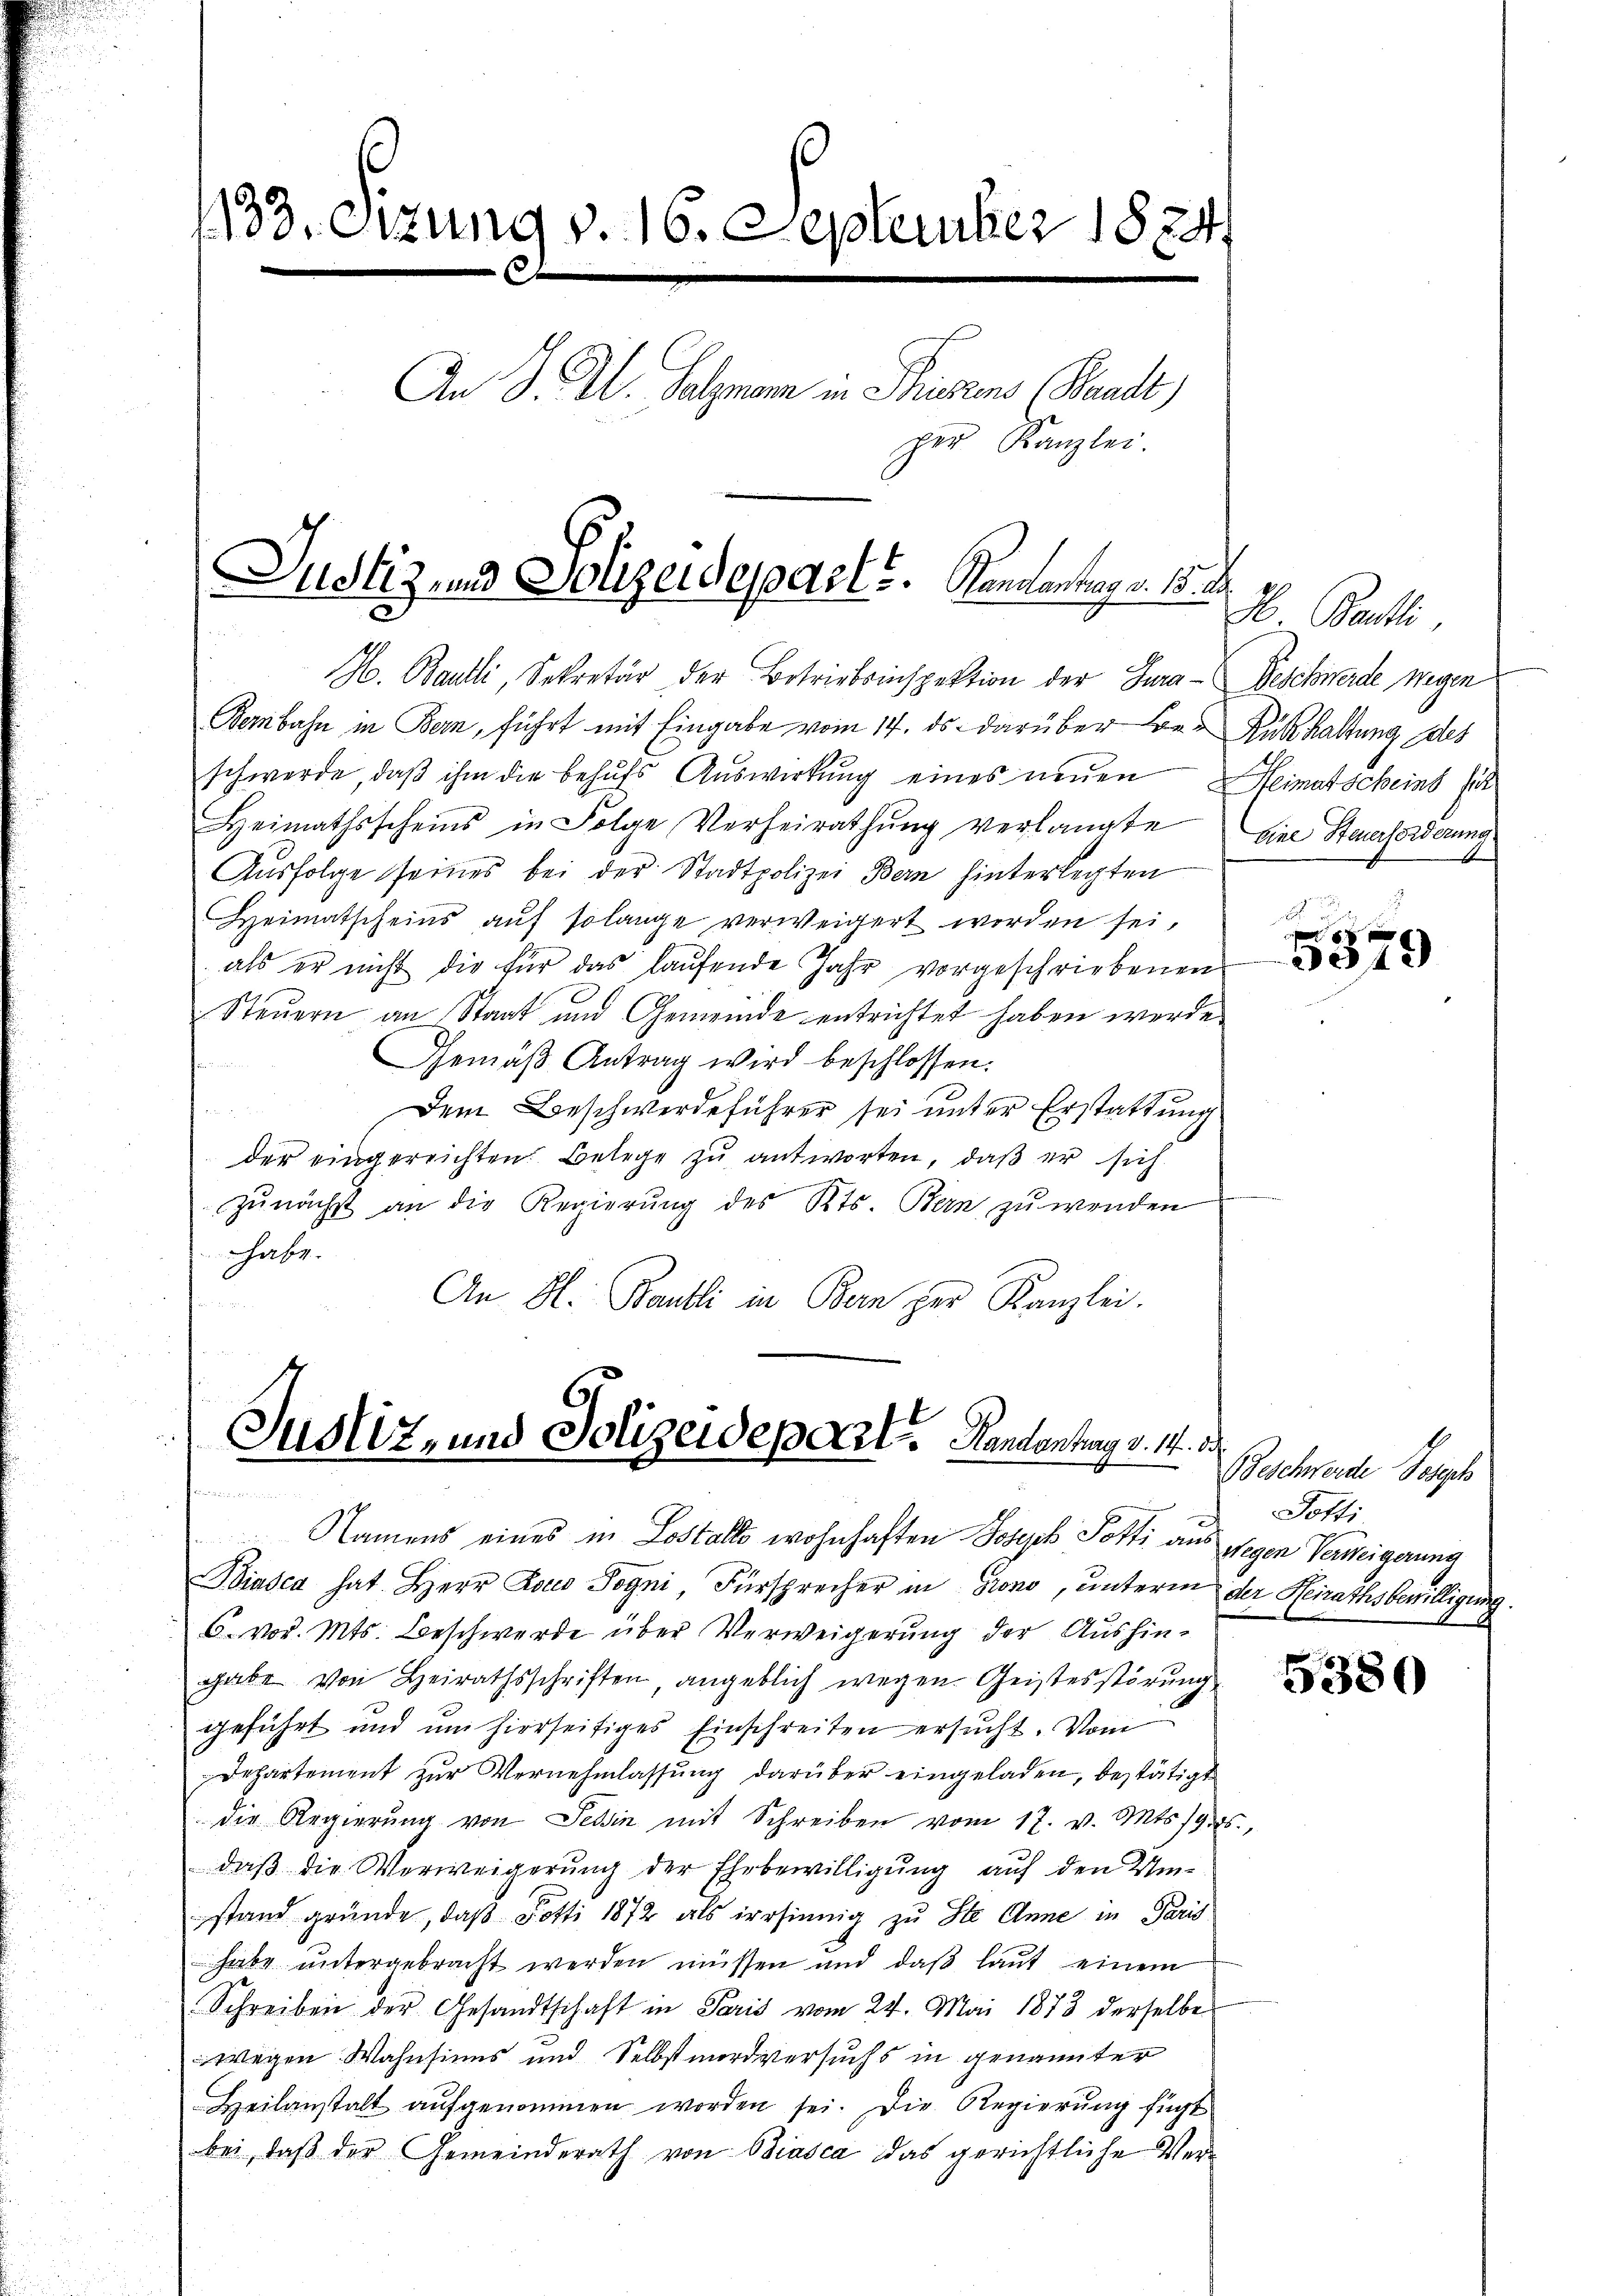
133. Sizung v. 16. September 1824
x
An J. M. Sulznam in Prinzens (Waadt)
per Kanzlei.

Justiz, und Jolizeidepart. Sonnantrag v. 15. d.

H. Baulli, Sekretär der Betriebsinspektion der Jura - Beschwerde wegen
Berbahn in Bern, führt mit Eingabe vom 14. ds. darüber Be- Rükhaltung des
schwerde, daβ ihm die behŭfs Aŭswirkŭng eines neŭen Heimatscheins für
Heimathsscheins in Folge Verheirathŭng verlangte
Aŭsfolge seines bei der Stadtpolizei Bern hinterlegten
Heimatscheins auf solange verweigert worden sei,
als er nicht die für das laŭfende Jahr vorgeschriebenen
Steuern an Staat und Gemeinde entrichtet haben werde.
Gemäβ Antrag wird beschlossen:
Dem Beschwerdeführer sei unter Erstattung
der eingereichten. Belege zu antworten, daß er sich
zunächst an die Regierung des Kts. Bern zu wenden
habe.
An H. Baulli in Bern der Kanzlei.

Justiz, und Polizeidepart. Handentag v. 14. d.
formen un
Namens eines in Lostalls wohnhaften Joseph Potti aus wegen Verweigerung

Biasca hat. Herr Dores Jogni, Fürsprecher in Grono, unterm der Heirathsbewilligung.
6. vor. Mts. Beschwerde über Verweigerung der Aushingabe von Heirathsschriften, angeblich wegen Geistesstörung
geführt und um hierseitiges Einschreiten ersucht. Vom
Departement zŭr Vernehmlassŭng darüber eingeladen, bestätigt
die Regierŭng von Tessin mit Schreiben vom 17. v. Mts. 19. ds.,
daß die Verweigerung der Ehebewilligung auf den Umstand gründe, daß Potti 1872 als irrsinnig zu Ste Anne in Paris
habe untergebracht werden müssen und daß laut einem
Schreiben der Gesandtschaft in Paris vom 24. Mai 1873 derselbe
wegen Wahnsinns und Selbstmordversuchs in genannter
Heilanstalt aŭfgenommen worden sei. Die Regierŭng fügt
bei, daß der Gemeinderath von Biasca das gerichtliche Ver¬

x Bantli
Eine Steuerforderung

8
3579

Beschwerde Gesch
Potti

5380